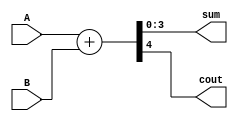
module ripple_carry_adder (
    input wire [3:0] A, // 4-bit input signal A
    input wire [3:0] B, // 4-bit input signal B
    output wire [3:0] sum, // 4-bit sum output
    output wire cout // carry out output
);

wire [3:0] carry;
assign {carry[3], sum} = A + B;

assign cout = carry[3];

endmodule